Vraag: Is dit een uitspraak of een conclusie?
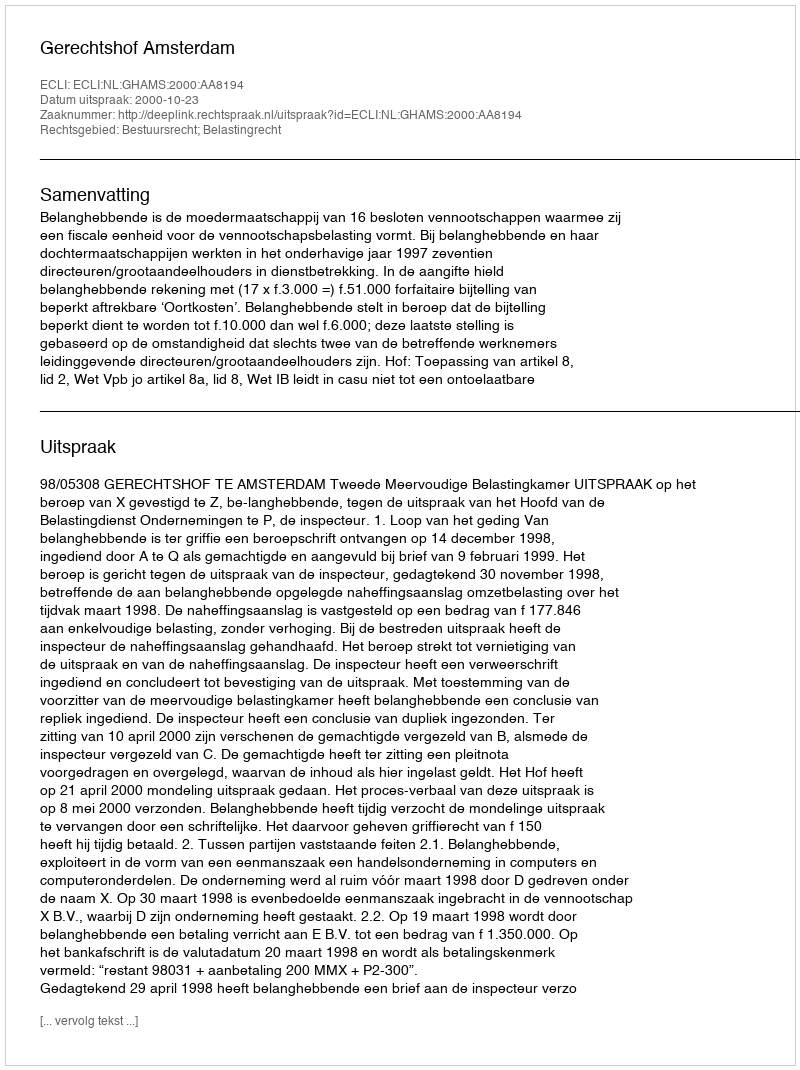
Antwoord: Uitspraak